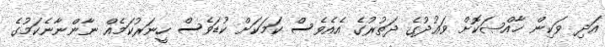
އަދި ވަކިން ޚާއްޞަކޮށް ވަޢުދުގެ ދަތުރުގެ އެއެވެސް ކަމަކަށް ކުޑަވެސް ހީނަރުކަމެއް ނާންނާނެކަމުގެ